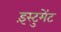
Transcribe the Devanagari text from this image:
इंस्टुमेंट